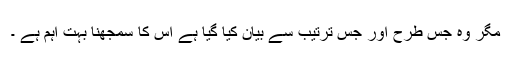
مگر وہ جس طرح اور جس ترتیب سے بیان کیا گیا ہے اس کا سمجھنا بہت اہم ہے ۔